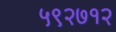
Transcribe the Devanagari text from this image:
५९२७१२